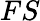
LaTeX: FS